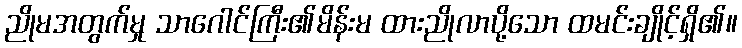
ညိုမအတွက်မှု သာဂေါင်ကြီး၏မိန်းမ ထားညိုလာပို့သော ထမင်းချိုင့်ရှိ၏။